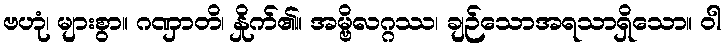
ဗဟုံ၊ များစွာ။ ဂဏှာတိ၊ နှိုက်၏။ အမ္ဗိလဂ္ဂဿ၊ ချဉ်သောအရသာရှိသော။ ဝါ